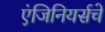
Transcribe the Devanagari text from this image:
एंजिनियर्सचे